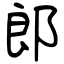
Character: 郎